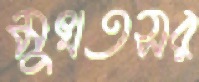
মুখতসর